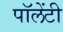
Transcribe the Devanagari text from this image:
पॉलेंटी